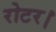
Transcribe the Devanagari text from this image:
रोटर।